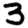
Digit: 3